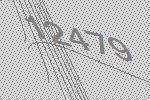
12479